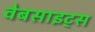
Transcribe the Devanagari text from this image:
वेबसाइट्‌स